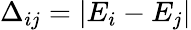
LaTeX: \Delta_{ij}=|E_{i}-E_{j}|